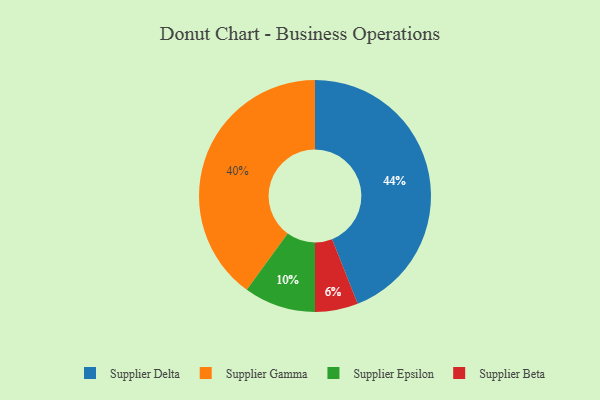
{"axis": {"x": "Category", "y": "Percentage"}, "legend": ["Supplier Beta", "Supplier Delta", "Supplier Epsilon", "Supplier Gamma"], "data": [{"x": "Supplier Gamma", "y": 40, "type": "Supplier Gamma"}, {"x": "Supplier Beta", "y": 6, "type": "Supplier Beta"}, {"x": "Supplier Delta", "y": 44, "type": "Supplier Delta"}, {"x": "Supplier Epsilon", "y": 10, "type": "Supplier Epsilon"}]}